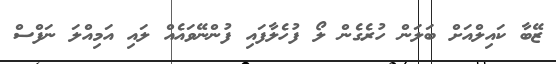
ޒޭބާ ކައިލްއަށް ބަލަން ހުރެގެން ލޯ ފުހެލާފައި ފުންނޭވައެއް ލައި އަމިއްލަ ނަފްސް